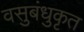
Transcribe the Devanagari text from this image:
वसुबंधुकृत